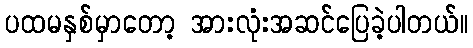
ပထမနှစ်မှာတော့ အားလုံးအဆင်ပြေခဲ့ပါတယ်။